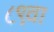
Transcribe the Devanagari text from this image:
८९वा